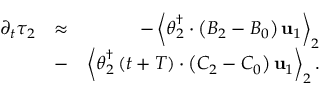
\begin{array} { r l r } { \partial _ { t } \tau _ { 2 } } & { \approx } & { - \left\langle \boldsymbol { \theta } _ { 2 } ^ { \dagger } \cdot \left( { \cal B } _ { 2 } - { \cal B } _ { 0 } \right) \mathbf { u } _ { 1 } \right\rangle _ { 2 } } \\ & { - } & { \left\langle \boldsymbol { \theta } _ { 2 } ^ { \dagger } \left( t + T \right) \cdot \left( { \cal C } _ { 2 } - { \cal C } _ { 0 } \right) \mathbf { u } _ { 1 } \right\rangle _ { 2 } . } \end{array}